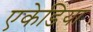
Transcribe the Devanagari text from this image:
एकेडिया